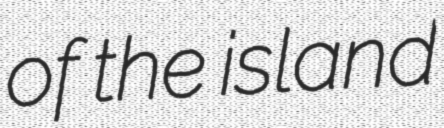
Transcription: of the island